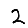
Digit: 2